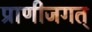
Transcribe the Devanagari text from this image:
प्राणीजगत्